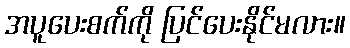
အပူပေးစက်ကို ပြင်ပေးနိုင်မလား။